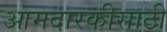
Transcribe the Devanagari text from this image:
आमदारकीसाठी